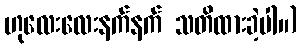
ဟုလေးလေးနက်နက် သတိထားခဲ့ပါ။)